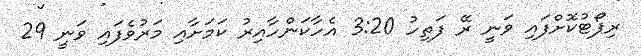
ރިޕޯޓުކޮށްފައި ވަނީ ރޭ ފަތިހު 3:20 އެހާކަންހާއިރު ކަމަށާއި މަރުވެފައި ވަނީ 29